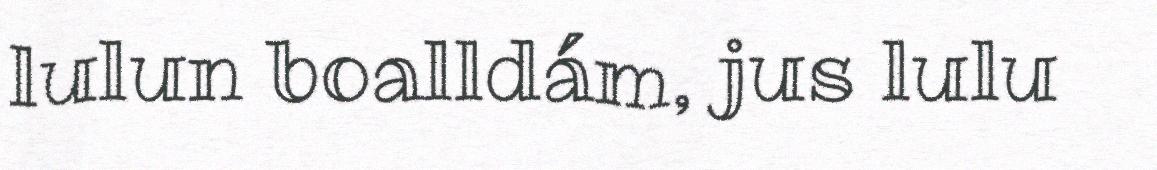
lulun boalldám, jus lulu